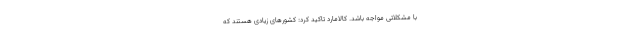
با مشکلاتی مواجه باشد. کالامارد تاکید کرد: کشورهای زیادی هستند که